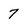
Character: 7